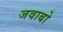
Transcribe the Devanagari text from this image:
जवाबो